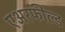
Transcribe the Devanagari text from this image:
एअरफील्ड